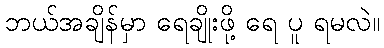
ဘယ်အချိန်မှာ ရေချိုးဖို့ ရေ ပူ ရမလဲ။